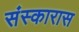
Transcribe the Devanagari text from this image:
संस्कारास